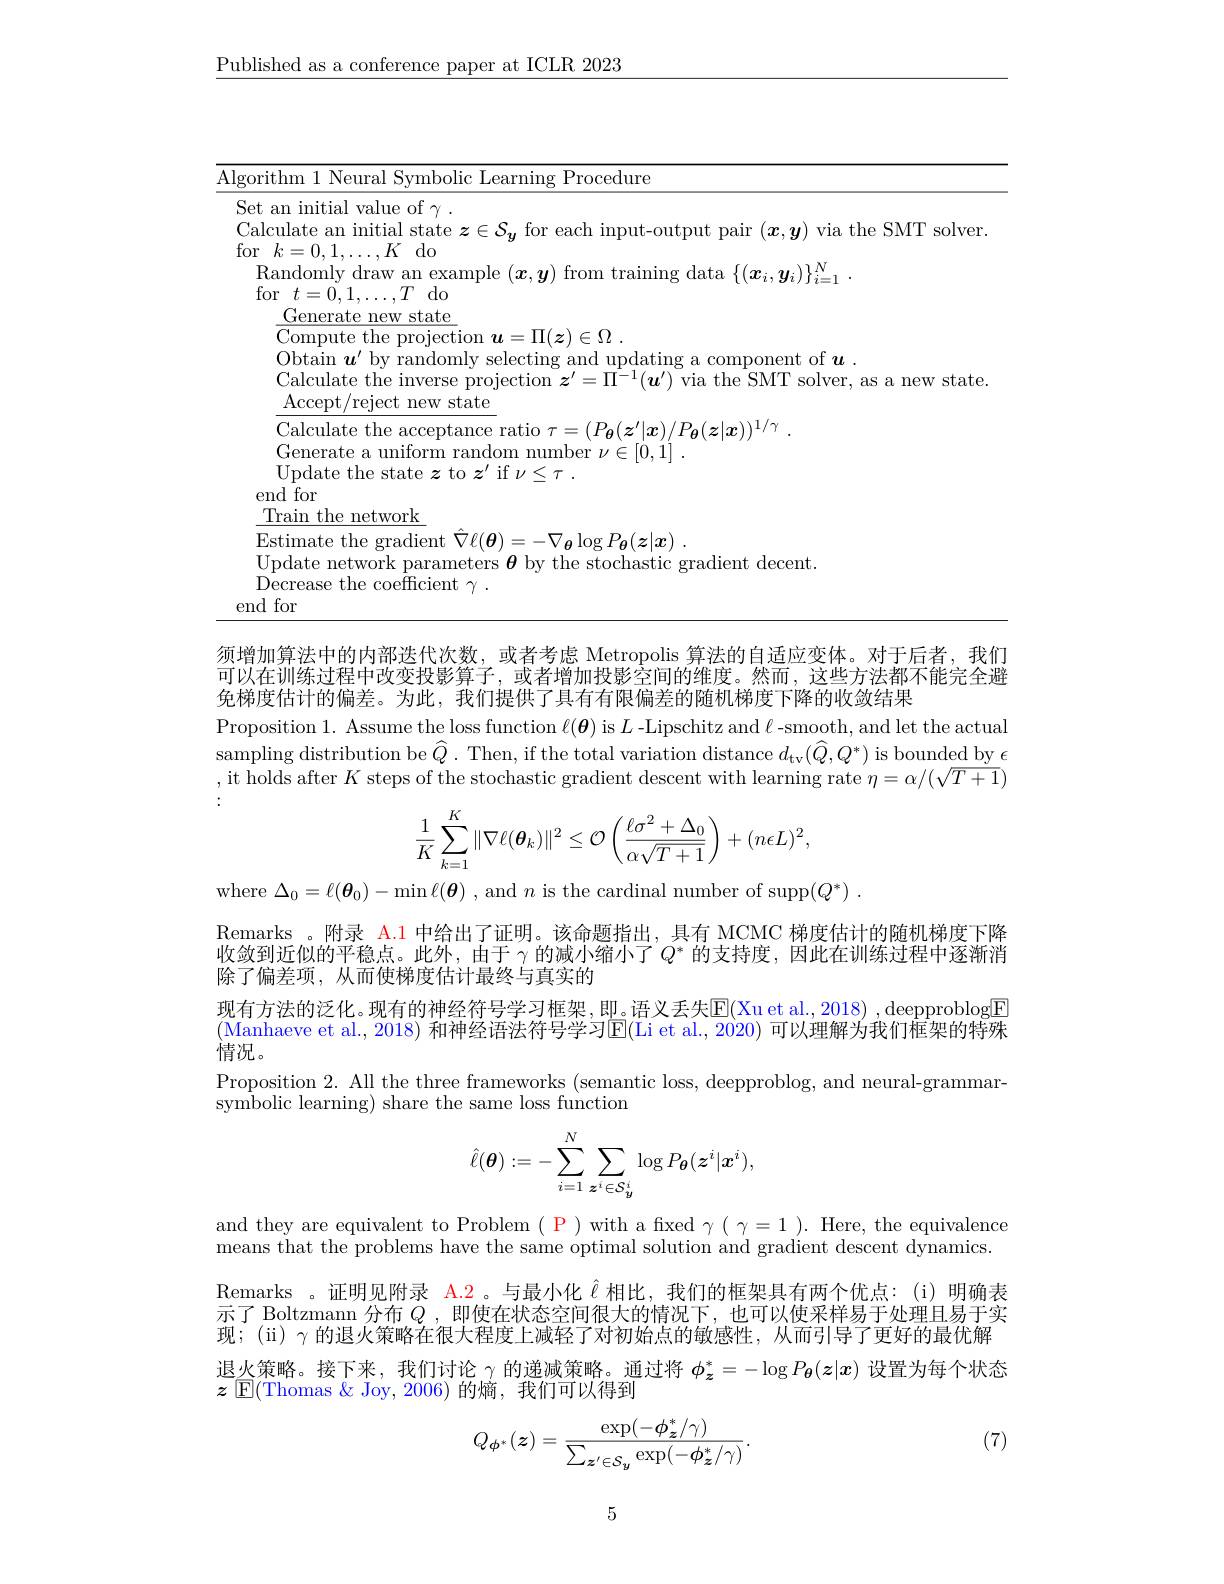
$\underline{\text{Published as a conference paper at ICLR 2023}}$

<table>
	<tbody>
		<tr>
			<td>$\log C$</td>
			<td>$m$ 11Neural Svmbolic Learning Procedure</td>
		</tr>
	</tbody>
</table>

须增加算法中的内部迭代次数，或者考虑 Metropolis 算法的自适应变体。对于后者，我们可以在训练过程中改变投影算子，或者增加投影空间的维度。然而，这些方法都不能完全避免梯度估计的偏差。为此，我们提供了具有有限偏差的随机梯度下降的收敛结果
Proposition 1. Assume the loss function $\ell(\boldsymbol{\theta})$ is $L$ -Lipschitz and $\ell$ -smooth, and let the actual sampling distribution be $\widehat{Q}.$ Then, if the total variation distance $d_\mathrm{tv}(\widehat{Q},Q^{*})$ is bounded by $\epsilon$ ,it holds after $K$ steps of the stochastic gradient descent with learning rate $\eta=\alpha/(\sqrt T+1)$
$$\dfrac{1}{K}\sum\limits_{k=1}^{K}\|\nabla\ell(\boldsymbol{\theta}_{k})\|^{2}\leq\mathcal{O}\left(\dfrac{\ell\sigma^{2}+\Delta_{0}}{\alpha\sqrt{T+1}}\right)+(n\epsilon L)^{2},$$
where $\Delta_0=\ell(\boldsymbol{\theta}_0)-\min\ell(\boldsymbol{\theta})$ , and $n$ is the cardinal number of supp$( Q^* )$ .
Remarks 。附录 A.1 中给出了证明。该命题指出，具有 MCMC 梯度估计的随机梯度下降收敛到近似的平稳点。此外，由于γ的减小缩小了$Q^*$ 的支持度，因此在训练过程中逐渐消除了偏差项，从而使梯度估计最终与真实的
现有方法的泛化。现有的神经符号学习框架，即。语义丢失$\mathbb{E}($Xu et al.,2018) ,deepproblog$\boxed{\mathrm{F}}$ (Manhaeve et al., 2018) 和神经语法符号学习E(Li et al., 2020) 可以理解为我们框架的特殊情况。
Proposition 2. All the three frameworks (semantic loss, deepproblog, and neural-grammar-
symbolic learning) share the same loss function
$$\hat\ell(\boldsymbol\theta):=-\sum_{i=1}^N\sum_{\boldsymbol z^i\in\mathcal S_y^i}\log P_{\boldsymbol\theta}(\boldsymbol z^i|\boldsymbol x^i),$$
and they are equivalent to Problem $(\begin{array}{c}\mathrm{P}\end{array})$with a fxed $\gamma(\begin{array}{c}\gamma=1\end{array}).\begin{array}{c}\mathrm{Here,~the~equivalence}\\\mathrm{Here,~the~equivalence}\end{array}$ means that the problems have the same optimal solution and gradient descent dynamics. Remarks 。证明见附录$\color{red}{\mathrm{A.2}}$ 。与最小化$\hat{\ell}$相比，我们的框架具有两个优点：(i)明确表示了 Boltzmann 分布$Q$ ,即使在状态空间很大的情况下，也可以使采样易于处理且易于实现；(ii) $\gamma$的退火策略在很大程度上减轻了对初始点的敏感性，从而引导了更好的最优解退火策略。接下来，我们讨论$\gamma$的递减策略。通过将$\phi_z^*=-\log P_\theta(z|x)$设置为每个状态$\boldsymbol{z}$ $\underline {{\mathrm{E} }}($Thomas & Joy, 2006) 的熵，我们可以得到

(7)
$$Q_{\phi^*}(\boldsymbol{z})=\frac{\exp(-\phi_{\boldsymbol{z}}^*/\gamma)}{\sum_{\boldsymbol{z}^{\prime}\in\mathcal{S}_{\boldsymbol{y}}}\exp(-\phi_{\boldsymbol{z}}^*/\gamma)}.$$
5